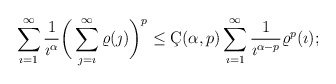
\begin{align*} \sum_{\imath=1}^{\infty}\frac{1}{\imath^\alpha}\bigg(\sum_{\jmath=\imath}^{\infty}\varrho(\jmath)\bigg)^p \leq \c{C}(\alpha,p)\sum_{\imath=1}^{\infty}\frac{1}{\imath^{\alpha-p}} \varrho^p(\imath);\end{align*}